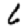
Digit: 6